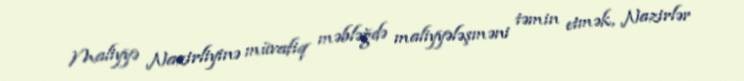
Maliyyə Nazirliyinə müvafiq məbləğdə maliyyələşməni təmin etmək, Nazirlər